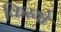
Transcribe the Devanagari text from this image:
किस्यो